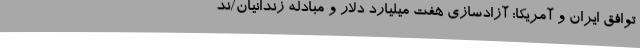
توافق ایران و آمریکا: آزادسازی هفت میلیارد دلار و مبادله زندانیان/ند